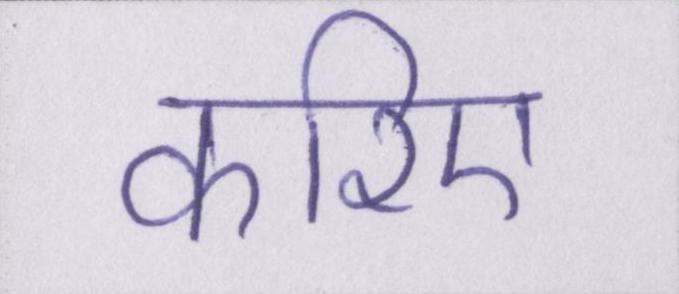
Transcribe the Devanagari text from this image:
करिए